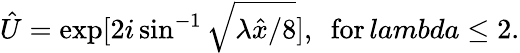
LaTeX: \hat{U}=\exp[2i\sin^{-1}\sqrt{\lambda\hat{x}/8}],\ \ \mathrm{for}\, lambda\leq 2.